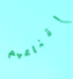
إقناعهم